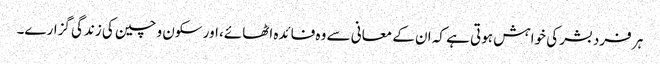
ہر فرد بشر کی خواہش ہوتی ہے کہ ان کے معانی سے وہ فائدہ اٹھائے، اور سکون و چین کی زندگی گزارے۔